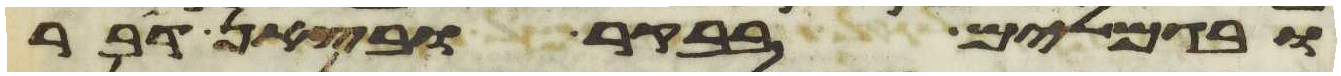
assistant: ובגמלים בבקר ובצאן דבר